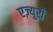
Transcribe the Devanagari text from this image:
एज़्यूरी